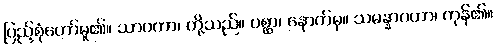
ပြည့်စုံတော်မူ၏။ သာဝကာ၊ တို့သည်။ ပစ္ဆာ၊ နောက်မှ။ သမန္နာဂတာ၊ ကုန်၏။